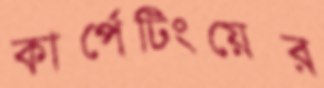
কার্পেটিংয়ের